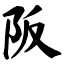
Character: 阪